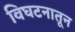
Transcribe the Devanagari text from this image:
विघटनातून